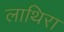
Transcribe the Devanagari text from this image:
लाथिरा